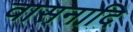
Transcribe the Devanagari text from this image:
वासनादि